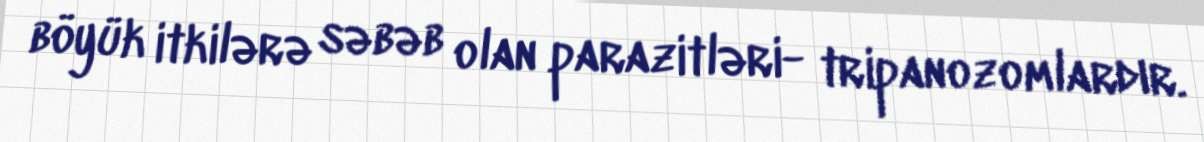
böyük itkilərə səbəb olan parazitləri- tripanozomlardır.